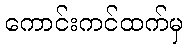
ကောင်းကင်ထက်မှ